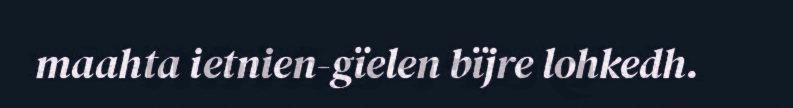
maahta ietnien-gïelen bïjre lohkedh.